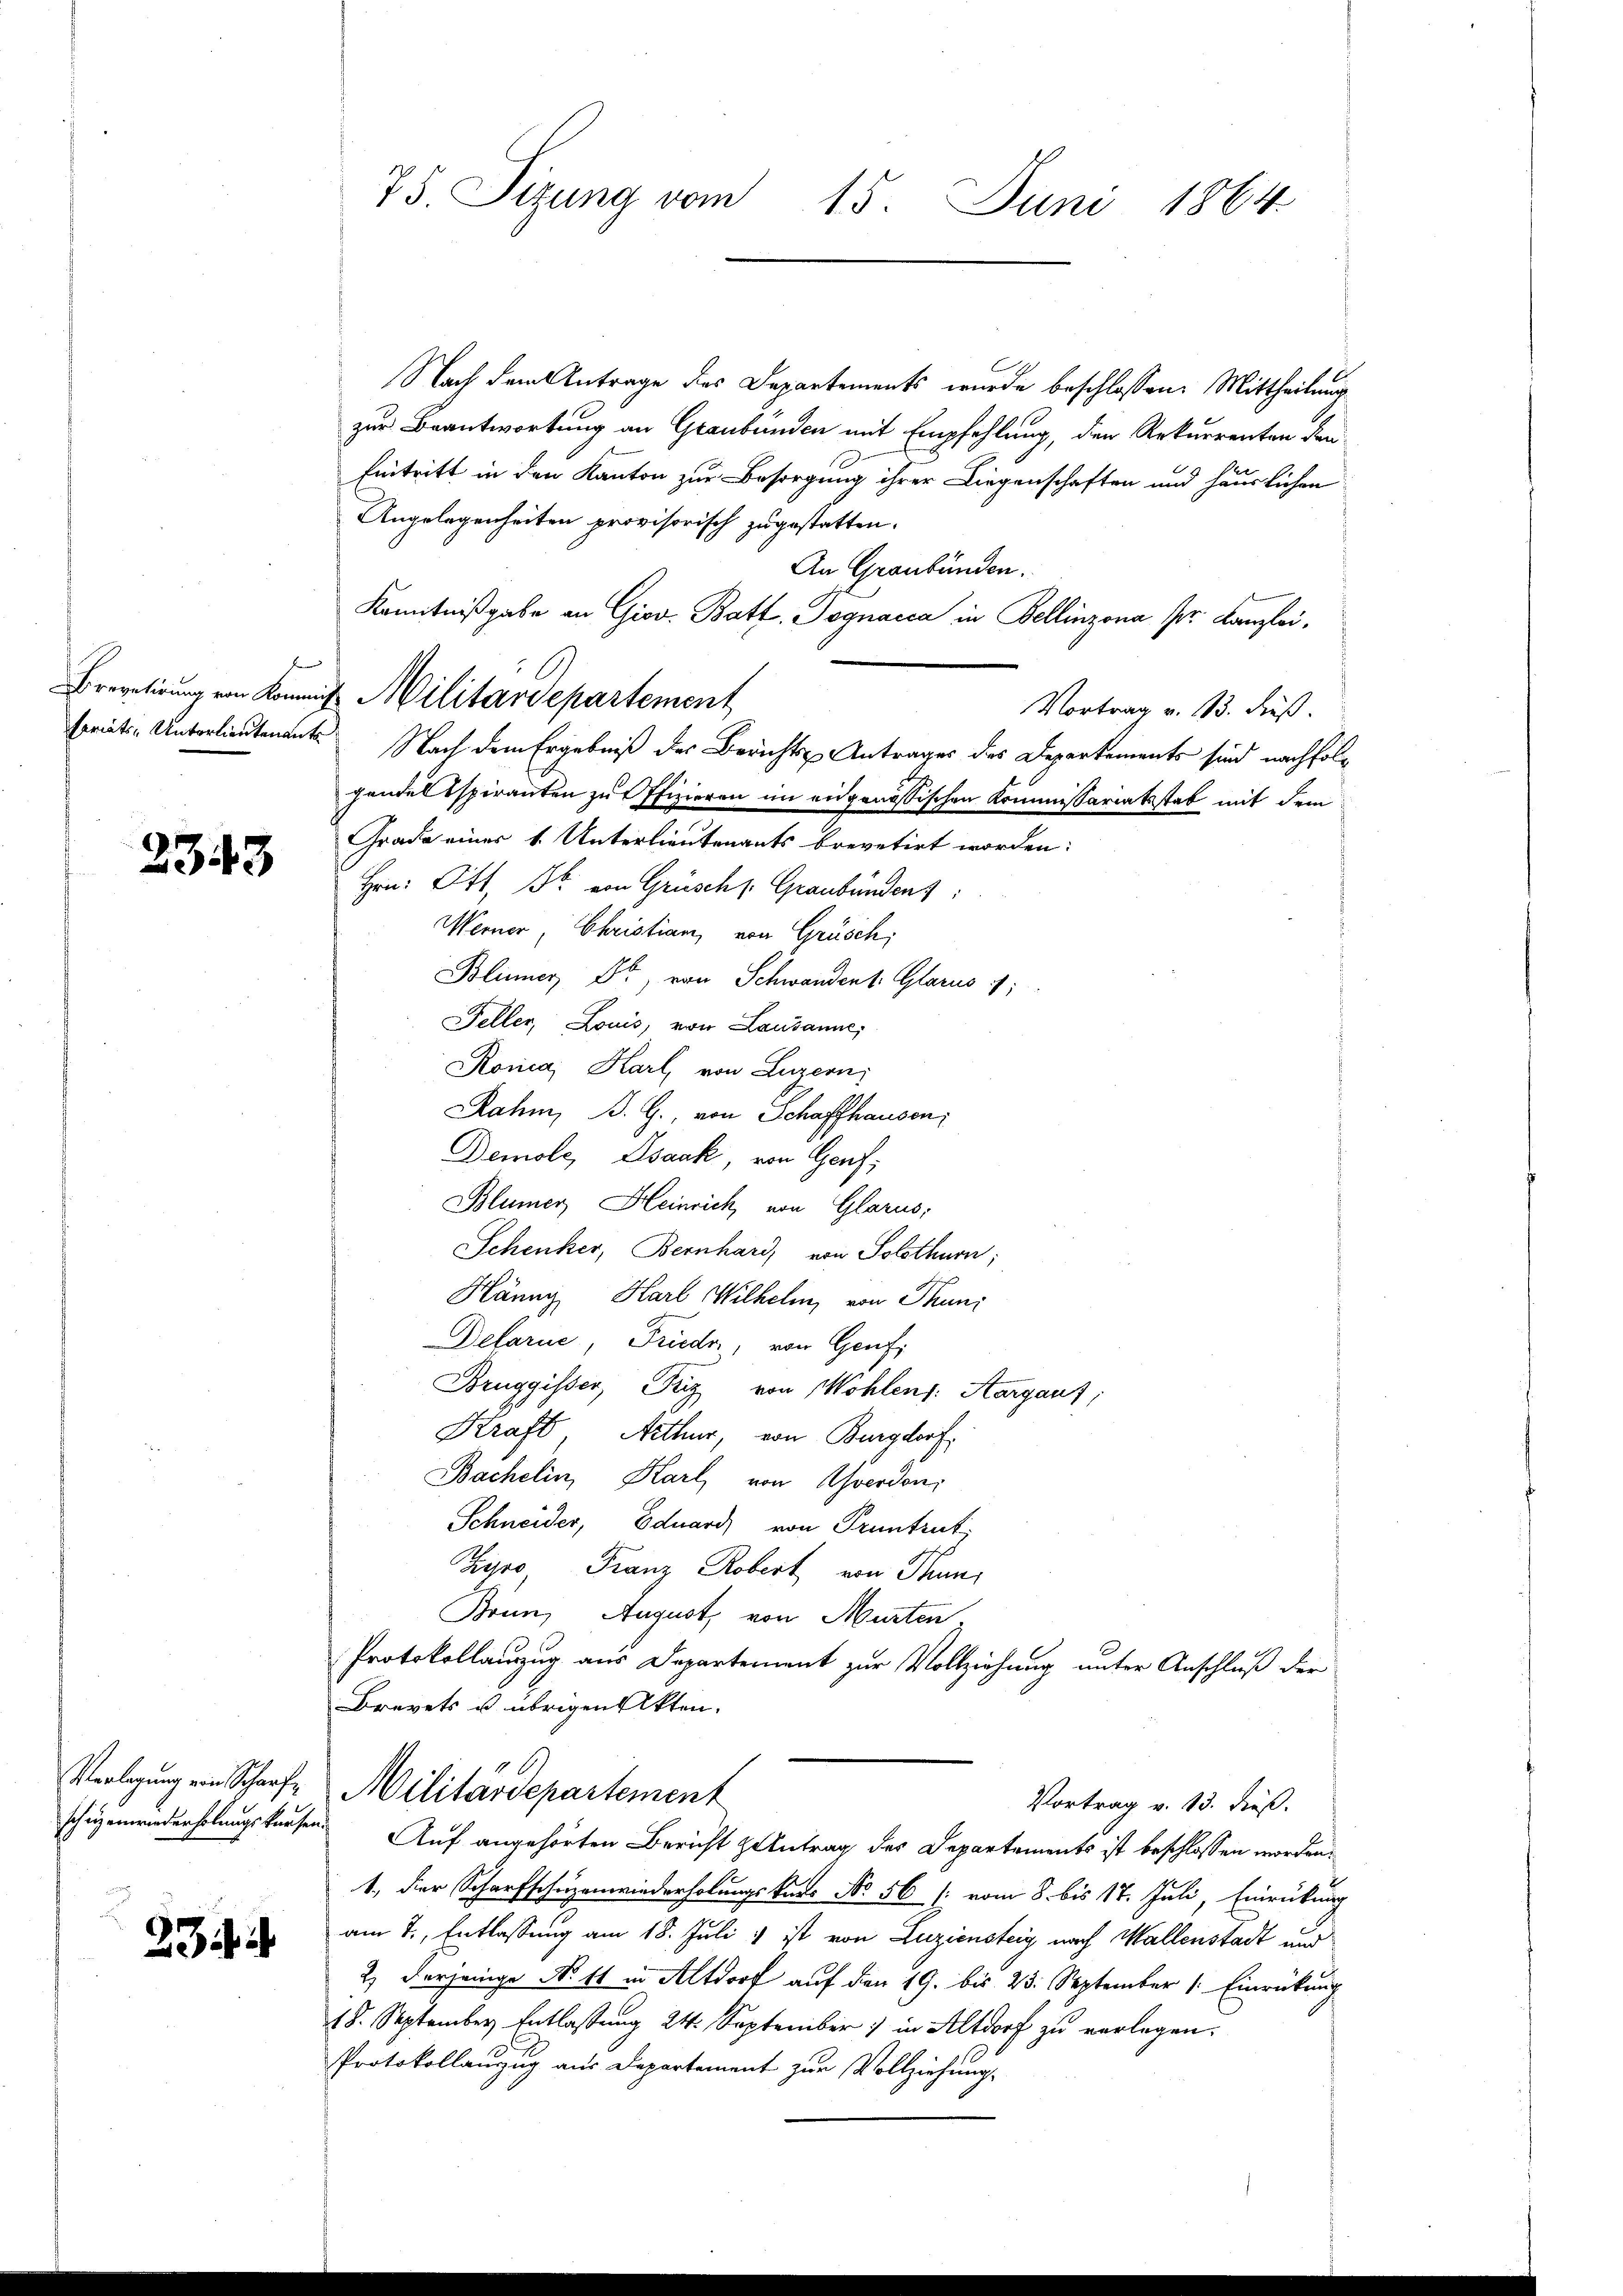
2343

75. Sizung vom 15. Juni 1864

Nach dem Antrage des Departements wurde beschlossen: Mittheilung
zur Beantwortung an Graubünden mit Empfehlung, den Rekurrenten den
Eintritt in den Kanton zur Besorgung ihrer Liegenschaften und häuslichen
Angelegenheiten provisorisch zugestatten.
An Graubünden.
Kenntnißgabe an Giov. Batt. Gegnacca in Bellinzona pr. Kanzlei.
Vortrag v. 13. dieß.
somitin Unterlieutenants Nach dem Ergebniß des Berichts Antrages des Departements sind nachfolhandel spiranten zu Offizieren im eidgenössischen Kommissariatsstab mit dem
Grade einer 1. Unterlieutenants brevetirt worden:
Hrn. Ott, Dr. von Grüschs. Graubünden:
Werner, Christian, von Grüsch,
Blinner Dr. von Schwandent. Glarus 17;
Feller, Louis, von Lausanne,
Ronia, Karl, von Luzern,
Rahm, B. G., von Schaffhausen,
Demolc, Isaak, von Genf;
Blümer, Heinrich, von Glarus:
Schenker, Bernhard, von Solothurn,
Hänny, Karl Wilhelm, von Thuni
Delarie, Frieder, von Genf,
Bruggisser, Friz von Wohlens: Aargauf;
Kraft, Arthur, von Burgdorf
Bachelin, Karl von Averdon,
Schneider, Eduard, von Pruntrut,
Zyro Franz Robert von Thuni
Brin, August, von Murten,
Protokollauszug aus Departement zur Vollziehung unter Anschluß der
Brevets u. übrigen Akten.
Verlegung ein Scharfe Militärdepartement
Vortrag v. 13. dieß.
schienriederholungskaufen. Auf angehörten Bericht zentrag des Departements ist beschlossen worden.
1., der Scharfschuzenwiederholungskurs No 56 [ vom 8. bis 17. Juli, Einrückung
am 7., Entlassung am 18. Juli 1 ist von Luziensteig nach Wallenstadt und
23 i
2) derjenige No 11 in Altdorf auf den 19. bis 23. September 1. Einrückung
18. September Entlassung 24. September in Altdorf zu verlegen.
Protokollanzug aus Departement zur Vollziehung.

Brevetirung von König. Militärdepartement